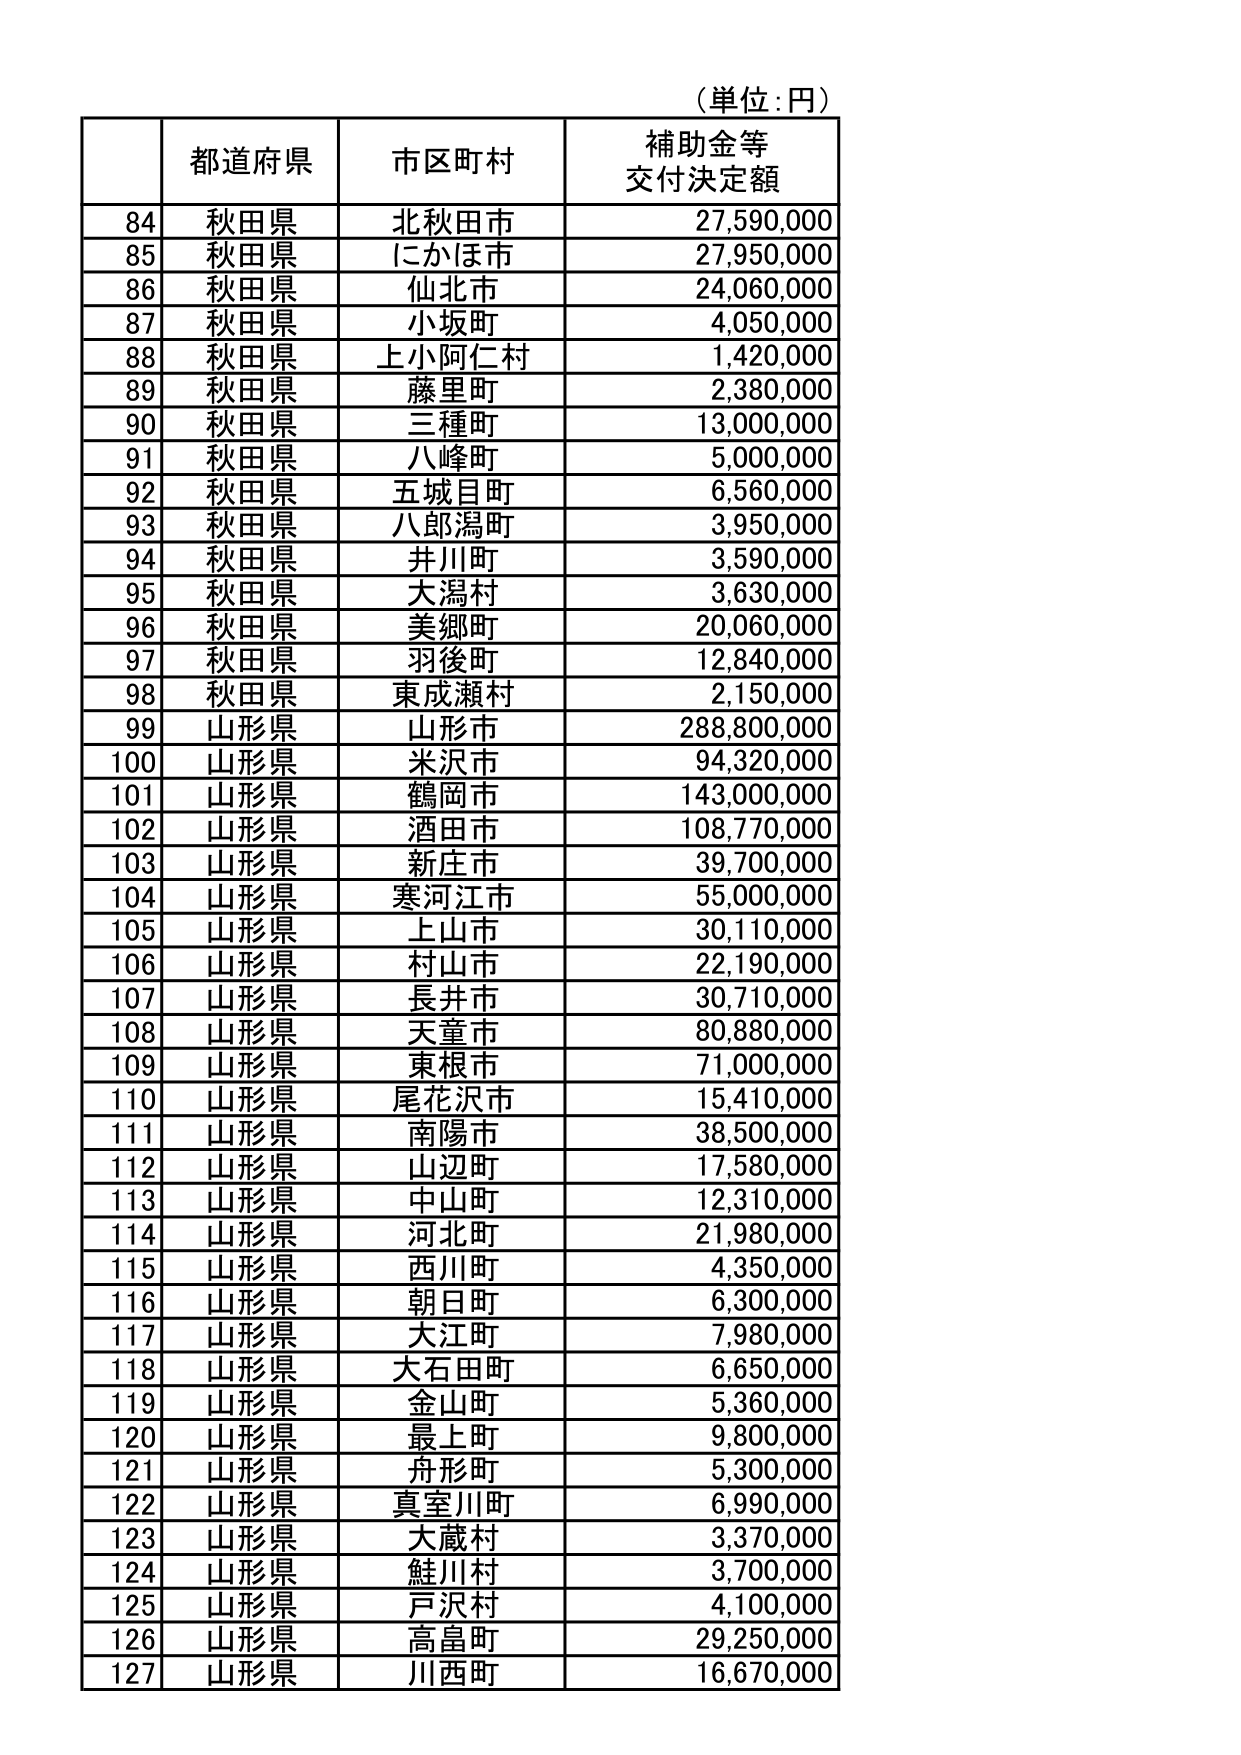
（単位：円）

都道府県　市区町村　補助金等交付決定額

84　秋田県　北秋田市　27,590,000
85　秋田県　にかほ市　27,950,000
86　秋田県　仙北市　24,060,000
87　秋田県　小坂町　4,050,000
88　秋田県　上小阿仁村　1,420,000
89　秋田県　藤里町　2,380,000
90　秋田県　三種町　13,000,000
91　秋田県　八峰町　5,000,000
92　秋田県　五城目町　6,560,000
93　秋田県　八郎潟町　3,950,000
94　秋田県　井川町　3,590,000
95　秋田県　大潟村　3,630,000
96　秋田県　美郷町　20,060,000
97　秋田県　羽後町　12,840,000
98　秋田県　東成瀬村　2,150,000
99　山形県　山形市　288,800,000
100　山形県　米沢市　94,320,000
101　山形県　鶴岡市　143,000,000
102　山形県　酒田市　108,770,000
103　山形県　新庄市　39,700,000
104　山形県　寒河江市　55,000,000
105　山形県　上山市　30,110,000
106　山形県　村山市　22,190,000
107　山形県　長井市　30,710,000
108　山形県　天童市　80,880,000
109　山形県　東根市　71,000,000
110　山形県　尾花沢市　15,410,000
111　山形県　南陽市　38,500,000
112　山形県　山辺町　17,580,000
113　山形県　中山町　12,310,000
114　山形県　河北町　21,980,000
115　山形県　西川町　4,350,000
116　山形県　朝日町　6,300,000
117　山形県　大江町　7,980,000
118　山形県　大石田町　6,650,000
119　山形県　金山町　5,360,000
120　山形県　最上町　9,800,000
121　山形県　舟形町　5,300,000
122　山形県　真室川町　6,990,000
123　山形県　大蔵村　3,370,000
124　山形県　鮭川村　3,700,000
125　山形県　戸沢村　4,100,000
126　山形県　高畠町　29,250,000
127　山形県　川西町　16,670,000